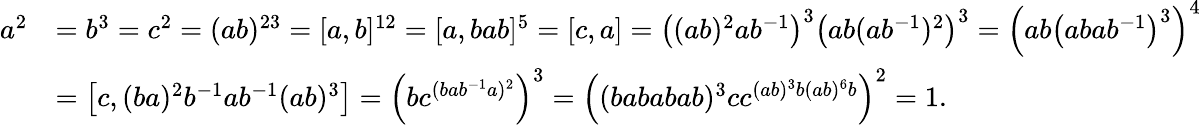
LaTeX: {\begin{array}{rl}{a^{2}}&{=b^{3}=c^{2}=(ab)^{23}=[a,b]^{12}=[a,bab]^{5}=[c,a]=\left((ab)^{2}ab^{-1}\right)^{3}\left(ab(ab^{-1})^{2}\right)^{3}=\left(ab\left(abab^{-1}\right)^{3}\right)^{4}}\\ &{=\left[c,(ba)^{2}b^{-1}ab^{-1}(ab)^{3}\right]=\left(bc^{(bab^{-1}a)^{2}}\right)^{3}=\left((bababab)^{3}cc^{(ab)^{3}b(ab)^{6}b}\right)^{2}=1.}\end{array}}